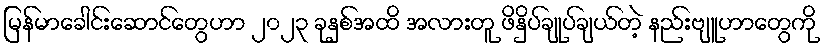
မြန်မာခေါင်းဆောင်တွေဟာ ၂၀၂၃ ခုနှစ်အထိ အလားတူ ဖိနှိပ်ချုပ်ချယ်တဲ့ နည်းဗျူဟာတွေကို